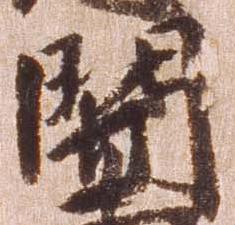
関